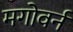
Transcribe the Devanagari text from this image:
मगोवर्न